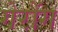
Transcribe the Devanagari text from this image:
गेरोंग